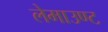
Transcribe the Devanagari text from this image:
लेमाउण्ट